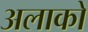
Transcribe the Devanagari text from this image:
अलाको